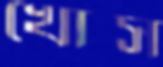
খোস